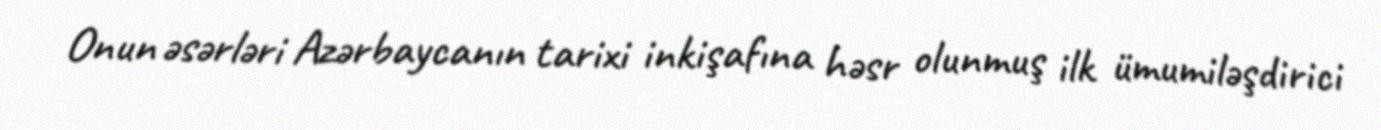
Onun əsərləri Azərbaycanın tarixi inkişafına həsr olunmuş ilk ümumiləşdirici